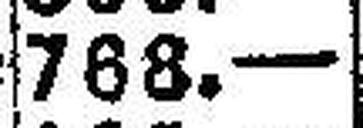
768.—